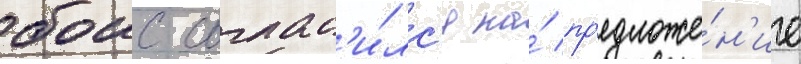
боис соглас'и́лс'я на́ пр'едложе́н'ие